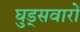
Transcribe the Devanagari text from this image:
घुड्सवारों